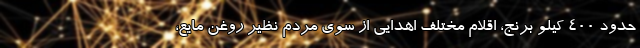
حدود ۴۰۰ کیلو برنج، اقلام مختلف اهدایی از سوی مردم نظیر روغن مایع،